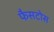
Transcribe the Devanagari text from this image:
फैसटोस